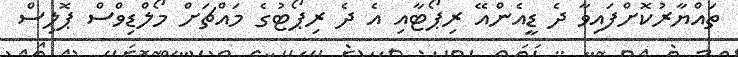
ތައްޔާރުކޮށްފައިވާ ދެ ޑީއެންއޭ ރިޕޯޓާއި އެ ދެ ރިޕޯޓުގެ މައްޗަށް މޯލްޑިވްސް ޕޮލިސް